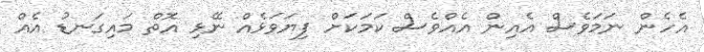
އެހެން ނަމަވެސް އެއިން އެއްވެސް ކަމަކަށް ފިޔަވަޅެއް ނޭޅި އޮތް މައިގަނޑު އެއް